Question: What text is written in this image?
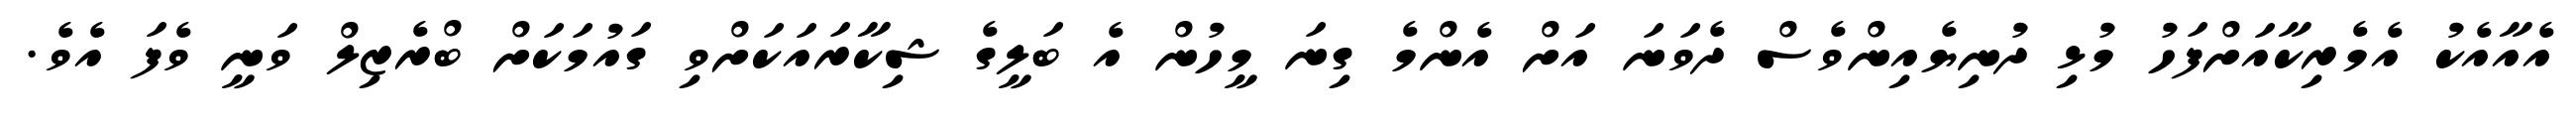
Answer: އެއާއެކު އެމެރިކާއަށްފަހު މުޅި ދުނިޔެއިންވެސް ދެވަނަ އަށް އެންމެ ގިނަ މީހުން އެ ބަލީގެ ޝިކާރައަކަށްވި ގައުމަކަށް ބްރެޒިލް ވަނީ ވެފަ އެވެ.